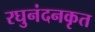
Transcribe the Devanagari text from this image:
रघुनंदनकृत